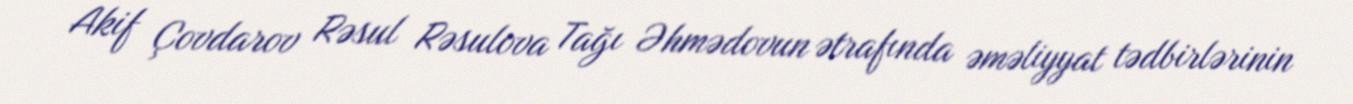
Akif Çovdarov Rəsul Rəsulova Tağı Əhmədovun ətrafında əməliyyat tədbirlərinin